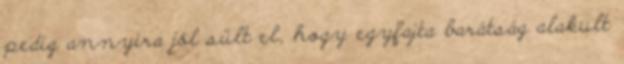
pedig annyira jól sült el, hogy egyfajta barátság alakult